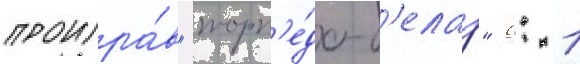
проигра́в "торп'е́до-б'елаз" 0: 1